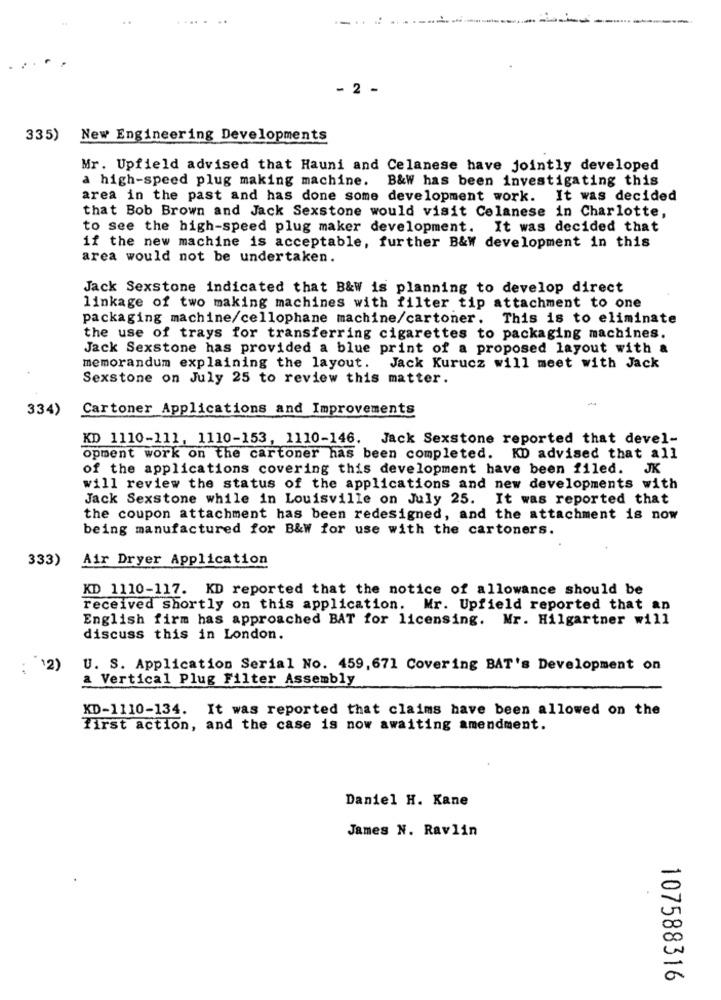
- 2 -
335)
New Engineering Developments
Mr. Upfield advised that Hauni and Celanese have jointly developed
a high-speed plug making machine. B&W has been investigating this
area in the past and has done some development work. It was decided
that Bob Brown and Jack Sexstone would visit Celanese in Charlotte,
to see the high-speed plug maker development.
It was decided that
if the new machine is acceptable, further B&W development in this
area would not be undertaken.
Jack Sexstone indicated that B&W is planning to develop direct
linkage of two making machines with filter tip attachment to one
packaging machine/cellophane machine/cartoner.
This is to eliminate
the use of trays for transferring cigarettes to packaging machines.
Jack Sexstone has provided a blue print of a proposed layout with a
memorandum explaining the layout. Jack Kurucz will meet with Jack
Sexstone on July 25 to review this matter.
334)
Cartoner Applications and Improvements
KD 1110-111, 1110-153, 1110-146. Jack Sexstone reported that devel-
opment work on the cartoner has been completed. KD advised that all
of the applications covering this development have been filed. JK
will review the status of the applications and new developments with
Jack Sexstone while in Louisville on July 25. It was reported that
the coupon attachment has been redesigned, and the attachment is now
being manufactured for B&W for use with the cartoners.
333)
Air Dryer Application
KD 1110-117. KD reported that the notice of allowance should be
received Shortly on this application. Mr. Upfield reported that an
English firm has approached BAT for licensing. Mr. Hilgartner will
discuss this in London.
12)
U. S. Application Serial No. 459,671 Covering BAT's Development on
a Vertical Plug Filter Assembly
KD-1110-134. It was reported that claims have been allowed on the
first action, and the case is now awaiting amendment.
Daniel H. Kane
James N. Ravlin
-
00
107588316